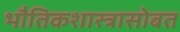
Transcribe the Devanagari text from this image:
भौतिकशास्त्रासोबत